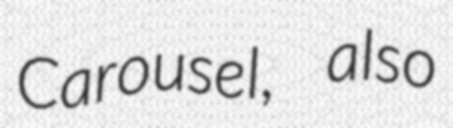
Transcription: Carousel, also